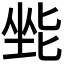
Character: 𫭿